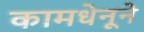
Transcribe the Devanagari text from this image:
कामधेनूने